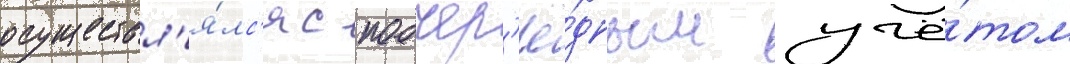
осуществл'я́лс'я с поочер'ё́дным учё́том